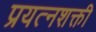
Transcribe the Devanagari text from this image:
प्रयत्‍नशक्ती